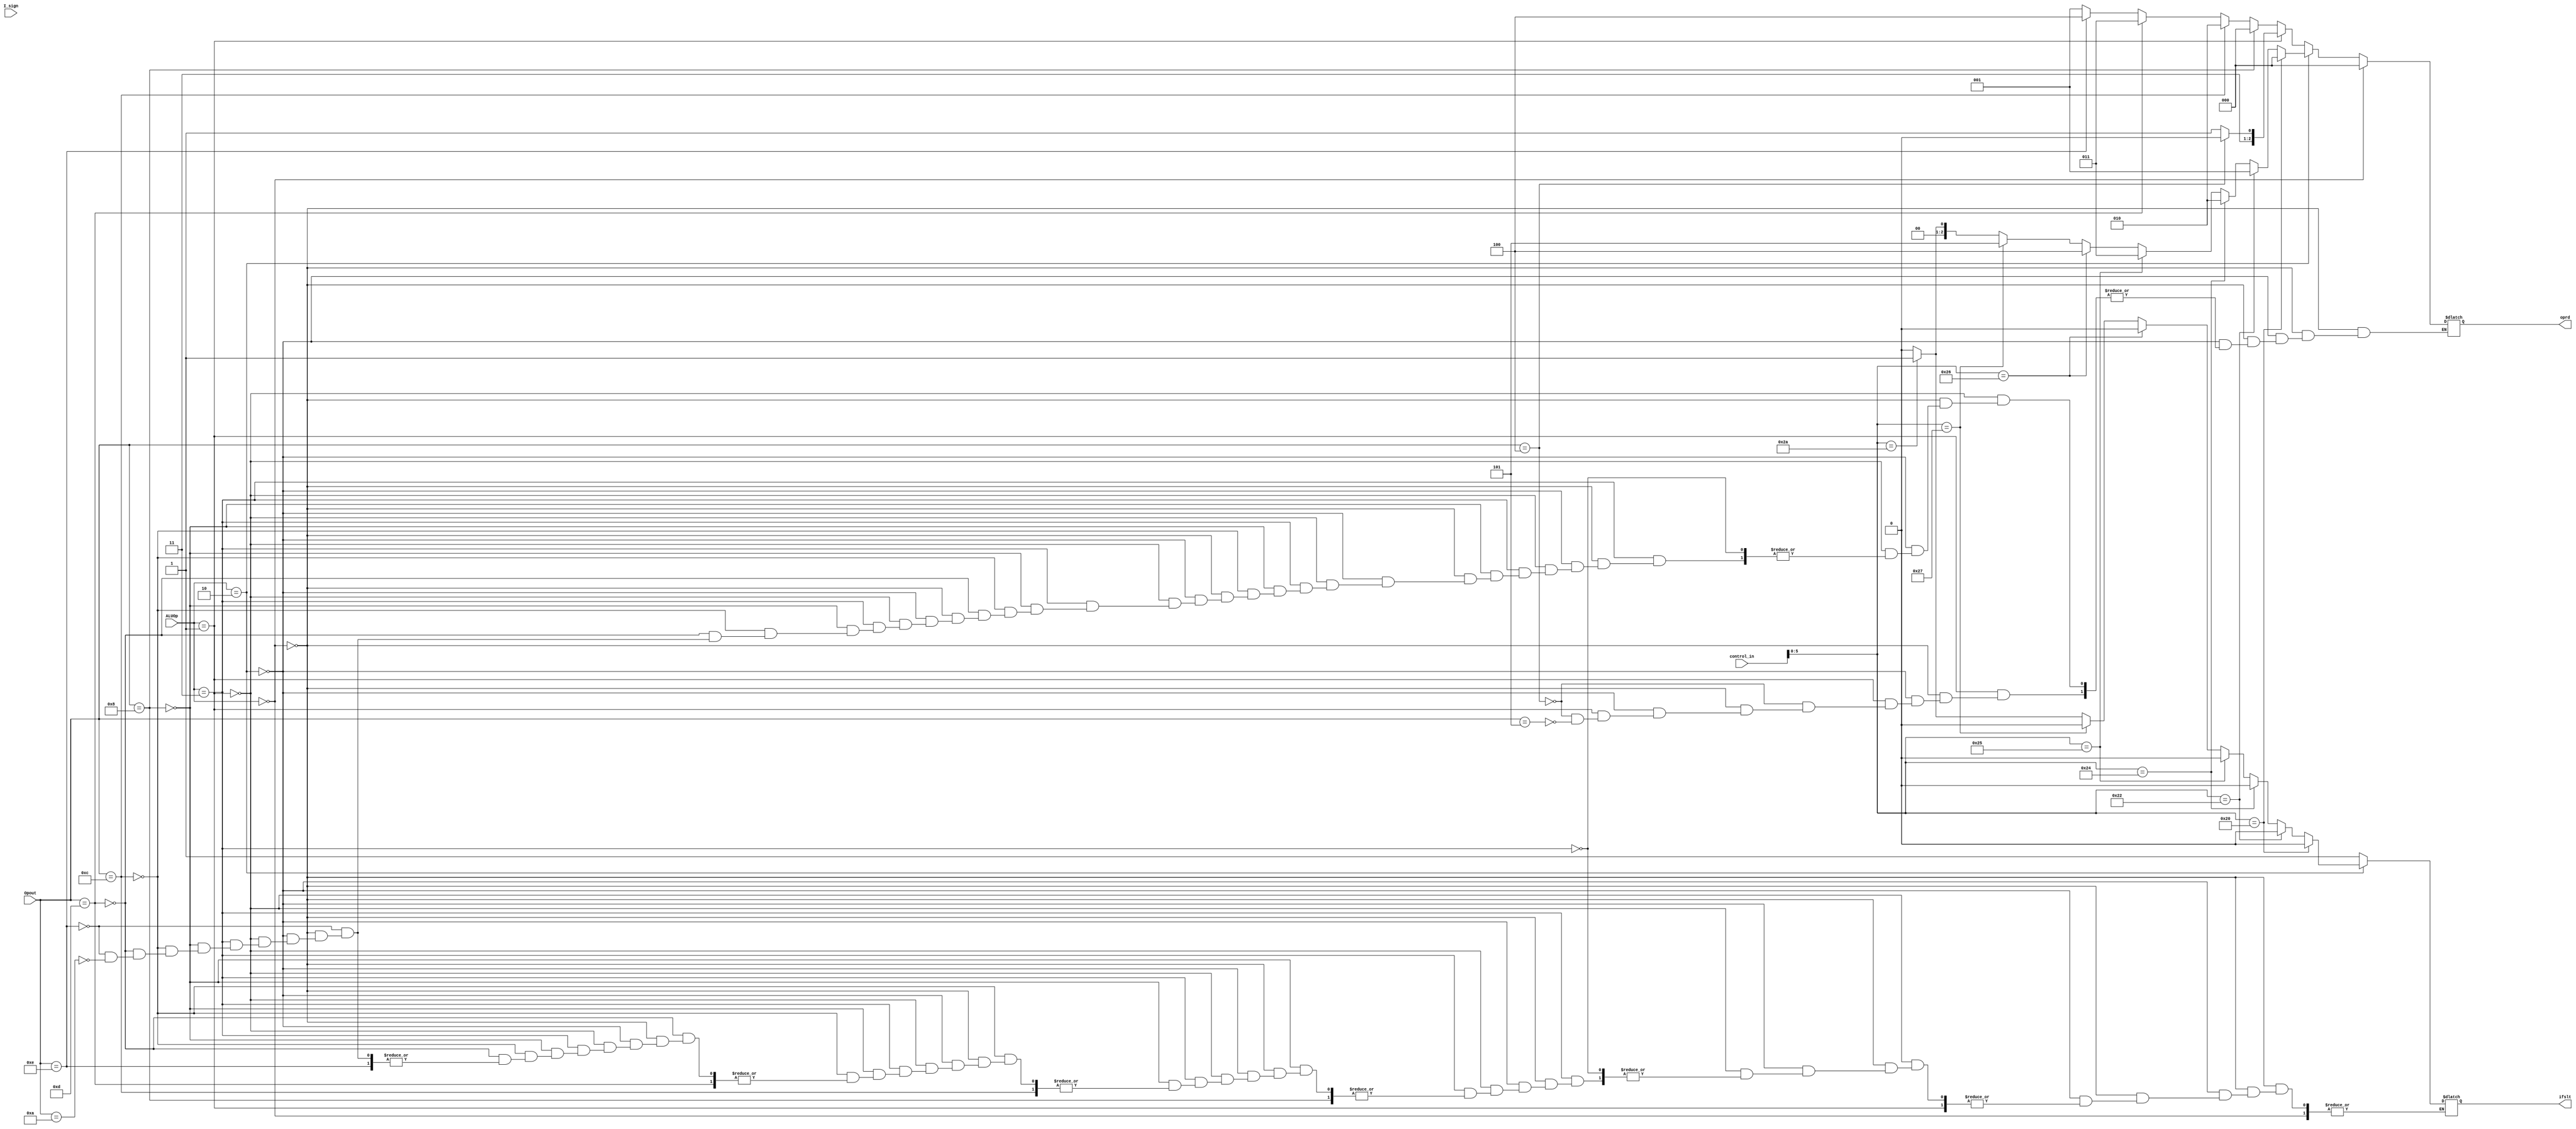
`timescale 1ns / 1ps
//////////////////////////////////////////////////////////////////////////////////
// Company: 
// Engineer: 
// 
// Design Name: 
// Module Name: ALU_control
// Project Name: 
// Target Devices: 
// Tool Versions: 
// Description: 
// 
// Dependencies: 
// 
// Revision:
// Revision 0.01 - File Created
// Additional Comments:
// 
//////////////////////////////////////////////////////////////////////////////////


module ALU_control(
    input [15:0]control_in,
    input [1:0]ALUOp,
    output reg[2:0]oprd,
    output reg ifslt,
    input [2:0]I_sign,
    input [5:0]Opout
    );
    always@(*)
    begin
    if(ALUOp == 2'b00)
        begin 
        oprd = 3'b000;
        end
    else if(ALUOp == 2'b10)//R
        begin
        if(control_in[5:0] == 6'b100000) begin oprd = 3'b000;ifslt = 0;end//+
        else if(control_in[5:0] == 6'b100010) begin oprd = 3'b001;ifslt = 0;end//-
        else if(control_in[5:0] == 6'b100100) begin oprd = 3'b010;ifslt = 0;end//and
        else if(control_in[5:0] == 6'b100101) begin oprd = 3'b011;ifslt = 0;end//or
        else if(control_in[5:0] == 6'b100110) begin oprd = 3'b100;ifslt = 0;end//xor
        else if(control_in[5:0] == 6'b100111) begin oprd = 3'b101;ifslt = 0;end//nor
        else if(control_in[5:0] == 6'b101010) begin oprd = 3'b001;ifslt = 1;end//slt
        else begin oprd = 3'b000;ifslt = 0;end 
        end
    else if(ALUOp == 2'b01)//beq
        begin
        if(Opout == 6'b000100) oprd = 3'b110;
        else if(Opout == 6'b000101) oprd = 3'b111;
    end
    else if(ALUOp == 2'b11)
        begin
        if(Opout == 6'b001000) oprd = 3'b000;
        else if(Opout == 6'b001100) oprd = 3'b010;
        else if(Opout == 6'b001101) oprd = 3'b011;
        else if(Opout == 6'b001110) oprd = 3'b100;
        else if(Opout == 6'b001010) begin ifslt = 1;oprd = 3'b001;end
        end
    end
endmodule